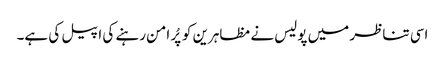
اسی تناظر میں پولیس نے مظاہرین کو پُر امن رہنے کی اپیل کی ہے۔